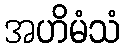
အဟိမံသံ